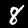
Digit: 8